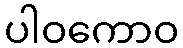
ပါဝကောဝ